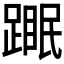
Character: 𬧆